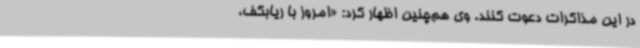
در این مذاکرات دعوت کنند. وی هم‌چنین اظهار کرد: «امروز با ریابکف،